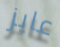
عايز